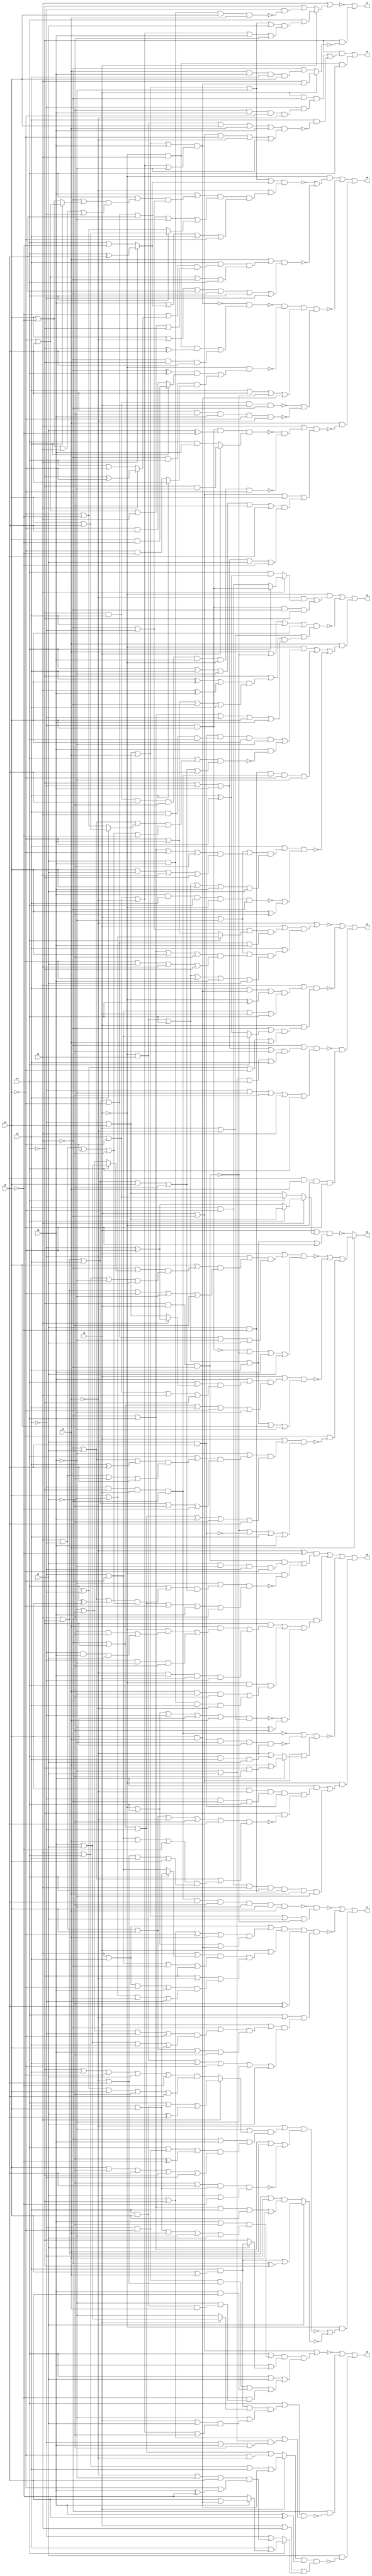
// Benchmark "quot_res" written by ABC on Mon Feb 27 03:12:11 2023

module quot_res ( 
    x0, x1, x2, x3, x4, x5, x6, x7, x8,
    z0, z1, z2, z3, z4, z5, z6, z7, z8  );
  input  x0, x1, x2, x3, x4, x5, x6, x7, x8;
  output z0, z1, z2, z3, z4, z5, z6, z7, z8;
  wire n20, n21, n23, n24, n25, n26, n28, n29, n30, n31, n32, n33, n35, n36,
    n37, n38, n39, n40, n41, n42, n43, n45, n46, n47, n48, n49, n50, n51,
    n52, n53, n54, n55, n56, n58, n59, n60, n61, n62, n63, n64, n65, n66,
    n67, n68, n69, n70, n71, n72, n73, n75, n76, n77, n78, n79, n80, n81,
    n82, n84, n85, n86, n87, n88, n89, n90, n91, n92, n93, n94, n95, n96,
    n97, n99, n100, n101, n102, n103, n104, n105, n106, n107, n108, n109,
    n110, n111, n112, n113, n114;
  assign z0 = (~x2 & ((x0 & ~x1 & (~x3 | n21)) | (x3 & ~n20))) | (~x0 & x1 & x2);
  assign n20 = (~x0 | x1 | x4 | x5 | x6) & (x0 | ~x1 | ~x4 | ~x5 | ~x6);
  assign n21 = ~x7 & x6 & ~x4 & ~x5;
  assign z1 = ~n24 | (~x2 & ~n23);
  assign n23 = x0 ? (x1 | ((x3 | ~x4 | ~x5 | ~x6) & (~x3 | x4 | x5 | x6))) : (~x1 | (x5 & x6 & x3 & x4));
  assign n24 = x1 | (x0 ? (x2 | n25) : (~x2 | (~x3 & ~n26)));
  assign n25 = (~x3 | x4 | x5 | ~x6 | x7) & (x3 | ~x4 | ~x5 | x6 | ~x7);
  assign n26 = x7 & x6 & x4 & x5;
  assign z2 = ~n30 | ~n33 | (~n28 & n29);
  assign n28 = (~x1 | ((~x2 | ~x3 | x6 | ~x7) & (~x6 | x7 | x2 | x3))) & (~x3 | ~x6 | ~x7 | x1 | x2);
  assign n29 = x8 & x5 & ~x0 & ~x4;
  assign n30 = ~x5 | ((x0 | n31) & (x3 | n32));
  assign n31 = (~x1 | ~x3 | (x2 ? (x4 | ~x6) : (~x4 | x6))) & (x1 | ~x2 | x3 | ~x4 | x6);
  assign n32 = (x0 | ~x6 | ((~x1 | x2 | x4 | ~x7) & (~x4 | x7 | x1 | ~x2))) & (~x0 | x1 | x2 | ~x4 | x6 | x7);
  assign n33 = (x1 | ((x3 | (x4 & x5) | (~x0 ^ x2)) & (~x3 | ~x4 | x0 | x2))) & (x0 | ((~x1 | (x2 ? (~x3 | ~x4) : (x3 ^ ~x4))) & (x2 | ~x3 | ~x4 | x5)));
  assign z3 = x5 ? (~n35 | ~n43 | (~x4 & ~n39)) : ~n42;
  assign n35 = (x0 | n38) & (~n36 | ~n37 | x6 | x7);
  assign n36 = ~x3 & x4;
  assign n37 = ~x2 & x0 & ~x1;
  assign n38 = (~x3 | ((x4 | ((~x1 | (x2 ? (x6 | x7) : (~x6 | ~x7))) & (x1 | x2 | ~x6 | x7))) & (x1 | ~x2 | ~x4 | ~x6 | ~x7))) & (x1 | ~x2 | x3 | ~x4 | ~x6 | x7);
  assign n39 = (x0 | n41) & (~n37 | ~n40 | x3 | x6);
  assign n40 = x7 & x8;
  assign n41 = (~x6 | ((x2 | ((~x1 | x7 | (x3 ^ x8)) & (x1 | ~x3 | ~x7 | x8))) & (x1 | ~x2 | x3 | ~x7 | ~x8))) & (~x1 | ~x2 | ~x3 | x6 | ~x7 | x8);
  assign n42 = (x0 | (x1 ? (x2 ? (~x3 | x4) : (~x3 ^ ~x4)) : (x2 ? (x3 | ~x4) : (~x3 | x4)))) & (~x0 | x1 | x2 | x3 | ~x4);
  assign n43 = (x0 | ((x6 | ((x2 | (x1 ? (~x3 ^ ~x4) : (~x3 | x4))) & (x3 | ~x4 | x1 | ~x2))) & (~x1 | ~x2 | x3 | ~x4 | ~x6))) & (~x0 | x1 | x2 | x3 | x4 | ~x6);
  assign z4 = n51 | ~n55 | (x5 & (n45 | n48 | ~n52));
  assign n45 = ~x0 & ((n40 & n46 & x4 & ~x6) | (x6 & ~n47));
  assign n46 = x3 & x1 & x2;
  assign n47 = (x2 | ((~x1 | x7 | (x3 ? (x4 | x8) : (~x4 | ~x8))) & (x1 | ~x3 | ~x4 | ~x7 | ~x8))) & (x1 | ~x2 | x3 | x4 | ~x7 | x8);
  assign n48 = n50 & n49 & ~x4 & ~x6;
  assign n49 = ~x3 & ~x2 & x0 & ~x1;
  assign n50 = x7 & ~x8;
  assign n51 = ~x0 & ((~x5 & (x1 ? (x2 ? (~x3 & x4) : (x3 & ~x4)) : (x2 & (x3 ^ ~x4)))) | (~x3 & x4 & ~x1 & ~x2));
  assign n52 = (x3 | n53) & (~n54 | (x4 ^ ~x7));
  assign n53 = (x0 | ~x6 | ((~x1 | x2 | ~x4 | ~x7) & (x4 | x7 | x1 | ~x2))) & (~x0 | x1 | x2 | x4 | x6 | x7);
  assign n54 = x6 & x3 & x2 & ~x0 & ~x1;
  assign n55 = (x5 | ~n37 | x3 | x4) & (x0 | ~x5 | n56);
  assign n56 = (~x2 | (((x3 ^ x4) | (x1 ^ x6)) & (~x4 | x6 | ~x1 | x3))) & (~x1 | x2 | ~x3 | x4 | x6);
  assign z5 = n58 | n61 | ~n71 | (~x0 & (n65 | n69));
  assign n58 = (~x5 ^ ~x8) & ((n37 & n60) | (~x0 & ~n59));
  assign n59 = (~x6 | ((x2 | ((~x1 | x7 | (~x3 ^ x4)) & (x1 | ~x3 | ~x4 | ~x7))) & (x1 | ~x2 | x3 | x4 | ~x7))) & (~x1 | ~x2 | ~x3 | ~x4 | x6 | ~x7);
  assign n60 = x7 & ~x6 & ~x3 & ~x4;
  assign n61 = ~x1 & (n62 | n64 | (~n63 & (~x6 ^ ~x7)));
  assign n62 = ~x2 & ((x5 & ((~x0 & ((~x6 & ~x7) | (~x3 & x6 & x7))) | (~x3 & ~x6 & ~x7))) | (~x5 & x6 & x0 & ~x3));
  assign n63 = (~x0 | x2 | ~x3 | x4 | x5) & (x0 | ~x5);
  assign n64 = ~x0 & x2 & ((x5 & ~x6 & ~x7) | (x6 & x7 & x3 & ~x5));
  assign n65 = x6 & ((n66 & n67 & n40) | (~x2 & ~n68));
  assign n66 = x4 & ~x5;
  assign n67 = ~x3 & ~x1 & x2;
  assign n68 = (x1 | ~x3 | x4 | ~x5 | ~x7 | x8) & (~x1 | x7 | ((~x3 | ~x4 | x5 | ~x8) & (~x5 | x8 | x3 | x4)));
  assign n69 = n70 & n50 & x5 & ~x6;
  assign n70 = ~x4 & x3 & x1 & x2;
  assign n71 = (~n49 | ~n73) & (x0 | ~x1 | n72);
  assign n72 = x6 ? (x5 | (~x2 & ~x7)) : (~x5 | (x2 & x3 & x7));
  assign n73 = x8 & x7 & ~x6 & x4 & ~x5;
  assign z6 = ~n80 | (~x1 & ~n78) | (x7 & ~n75);
  assign n75 = (n76 | (x6 ^ x8)) & (x0 | x1 | n77);
  assign n76 = x0 ? (x1 | x2 | x3 | (x4 & x5)) : (~x1 | ~x2 | ~x3 | (~x4 & ~x5));
  assign n77 = x2 ? (x3 | (x6 ? (x8 | (x4 & x5)) : ~x8)) : (~x3 | ((~x5 | ~x6 | x8) & (~x4 | (x6 ^ ~x8))));
  assign n78 = (x2 | n79) & (x0 | ~x2 | ((~x6 | x7) & (~x3 | x6 | ~x7)));
  assign n79 = ((x3 & (x4 | x5)) | (x0 ? (x6 | x7) : ~x6)) & (~x6 | ((x0 | x7) & (x3 | ~x4 | ~x5 | ~x7)));
  assign n80 = x0 | ~x1 | (n81 & (x2 | x7 | n82));
  assign n81 = (x2 | ((x6 | ~x7) & (x3 | x4 | x5 | ~x6 | x7))) & (x6 | (x7 ? (x3 & (x4 | x5)) : ~x2));
  assign n82 = (~x3 & ~x4 & (~x5 | x8)) | (x6 & x8) | (~x8 & (~x6 | (x3 & x4 & x5)));
  assign z7 = ~n90 | ~n92 | (~x0 & (~n84 | ~n89));
  assign n84 = (~x5 | n86) & (~x1 | x2 | x5 | ~n85);
  assign n85 = (~x7 | x8) & (x3 | x4) & (x7 | ~x8);
  assign n86 = (~x6 | n87) & (~x1 | x6 | n88);
  assign n87 = x1 ? (x2 | (x3 & x4) | (x7 ^ x8)) : ((~x2 | x3 | ~x4 | x7 | ~x8) & (x2 | ~x3 | x4 | ~x7 | x8));
  assign n88 = (x2 | (~x3 & ~x4) | (~x7 ^ ~x8)) & (x4 | ~x7 | x8 | ~x2 | ~x3);
  assign n89 = x7 ? ((x3 & (x4 | x5)) | (~x1 ^ ~x2)) : ((x1 | ~x2 | ~x3) & (~x1 | x2 | x3 | x4 | x5));
  assign n90 = ~n91 & (~x3 | x4 | x5 | x7 | ~n37);
  assign n91 = n49 & x8 & ~x7 & ~x6 & x4 & x5;
  assign n92 = (n94 | (~x7 ^ x8)) & (x2 | ~x5 | n93);
  assign n93 = (x0 | ((~x1 | ((~x6 | ~x7 | ~x3 | ~x4) & (x6 | x7 | x3 | x4))) & (x1 | ~x3 | x4 | x6 | ~x7))) & (~x0 | x1 | x3 | ~x4 | ~x6 | x7);
  assign n94 = n97 & (x0 | (n95 & (~x2 | ~x5 | n96)));
  assign n95 = (x1 | (x2 ? (x3 | x4) : (~x3 | ~x4))) & (~x3 | ~x4 | ~x1 | ~x2);
  assign n96 = (x1 | x3 | ~x4 | x6) & (x4 | ~x6 | ~x1 | ~x3);
  assign n97 = x1 | x3 | ((x0 | ~x2 | ~x4 | x5) & (~x0 | x2 | (x4 & x5)));
  assign z8 = (~x0 & (~n99 | ~n102)) | ~n108 | (x5 & ~n103);
  assign n99 = (~x3 | x4 | x5 | ~x6 | n100) & (~x5 | (n101 & (x6 | n100 | x3 | ~x4)));
  assign n100 = x1 ? (x2 ^ x8) : (x2 | ~x8);
  assign n101 = (x6 | ((x2 | ((~x1 | (x3 ? (~x4 | x8) : (x4 | ~x8))) & (x4 | ~x8 | x1 | ~x3))) & (x1 | ~x2 | x3 | ~x4 | x8))) & (~x1 | ~x3 | ~x6 | (x2 ? (x4 | x8) : (~x4 | ~x8)));
  assign n102 = (x5 | ((x3 | ((~x8 | (x1 ? (~x2 ^ ~x4) : (x2 | ~x4))) & (~x4 | x8 | x1 | ~x2))) & (~x4 | x8 | ~x1 | x2))) & (x4 | ~x5 | x8 | ~x1 | x2 | ~x3);
  assign n103 = (x1 | (~n104 & ~n105)) & (x0 | ~x1 | x4 | n107);
  assign n104 = n36 & (x7 ^ ~x8) & (x0 ? (~x2 & ~x6) : (x2 & x6));
  assign n105 = n106 & x8 & ~x7 & x6 & ~x0 & ~x4;
  assign n106 = ~x2 & x3;
  assign n107 = (x2 | x3 | ~x6 | ~x7 | x8) & (~x2 | ~x3 | x6 | x7 | ~x8);
  assign n108 = ~n110 & ~n112 & n114 & (~n109 | ~n113);
  assign n109 = x3 & ~x2 & x0 & ~x1;
  assign n110 = ~n111 & ((~x0 & x1 & (~x2 ^ x8)) | (~x1 & ~x2 & x8));
  assign n111 = (~x3 | x4 | x5 | x6) & (x3 | ~x4 | ~x5 | ~x6);
  assign n112 = ~x0 & (((~x1 ^ x2) & (x3 ? (x4 & ~x8) : (~x4 & x8))) | (~x1 & x2 & (x3 ? x8 : (~x4 & ~x8))));
  assign n113 = x8 & ~x7 & x6 & ~x4 & ~x5;
  assign n114 = x3 | x8 | ~n37 | (x4 & x5);
endmodule